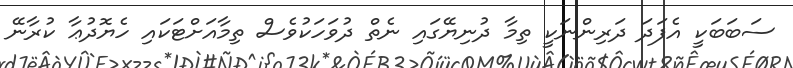
ސަބަބަކީ އެފަދަ ދަރިންނަކީ ތިމާ ދުނިޔޭގައި ނެތް ދުވަހަކުވެސް ތިމާއަށްޓަކައި ހެޔޮދުޢާ ކުރާނޭ